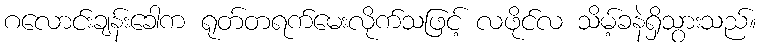
ဂလောင်းချန်းခေါက ရုတ်တရက်မေးလိုက်သဖြင့် လဖိုင်လ သိမ့်ခနဲရှိသွားသည်။